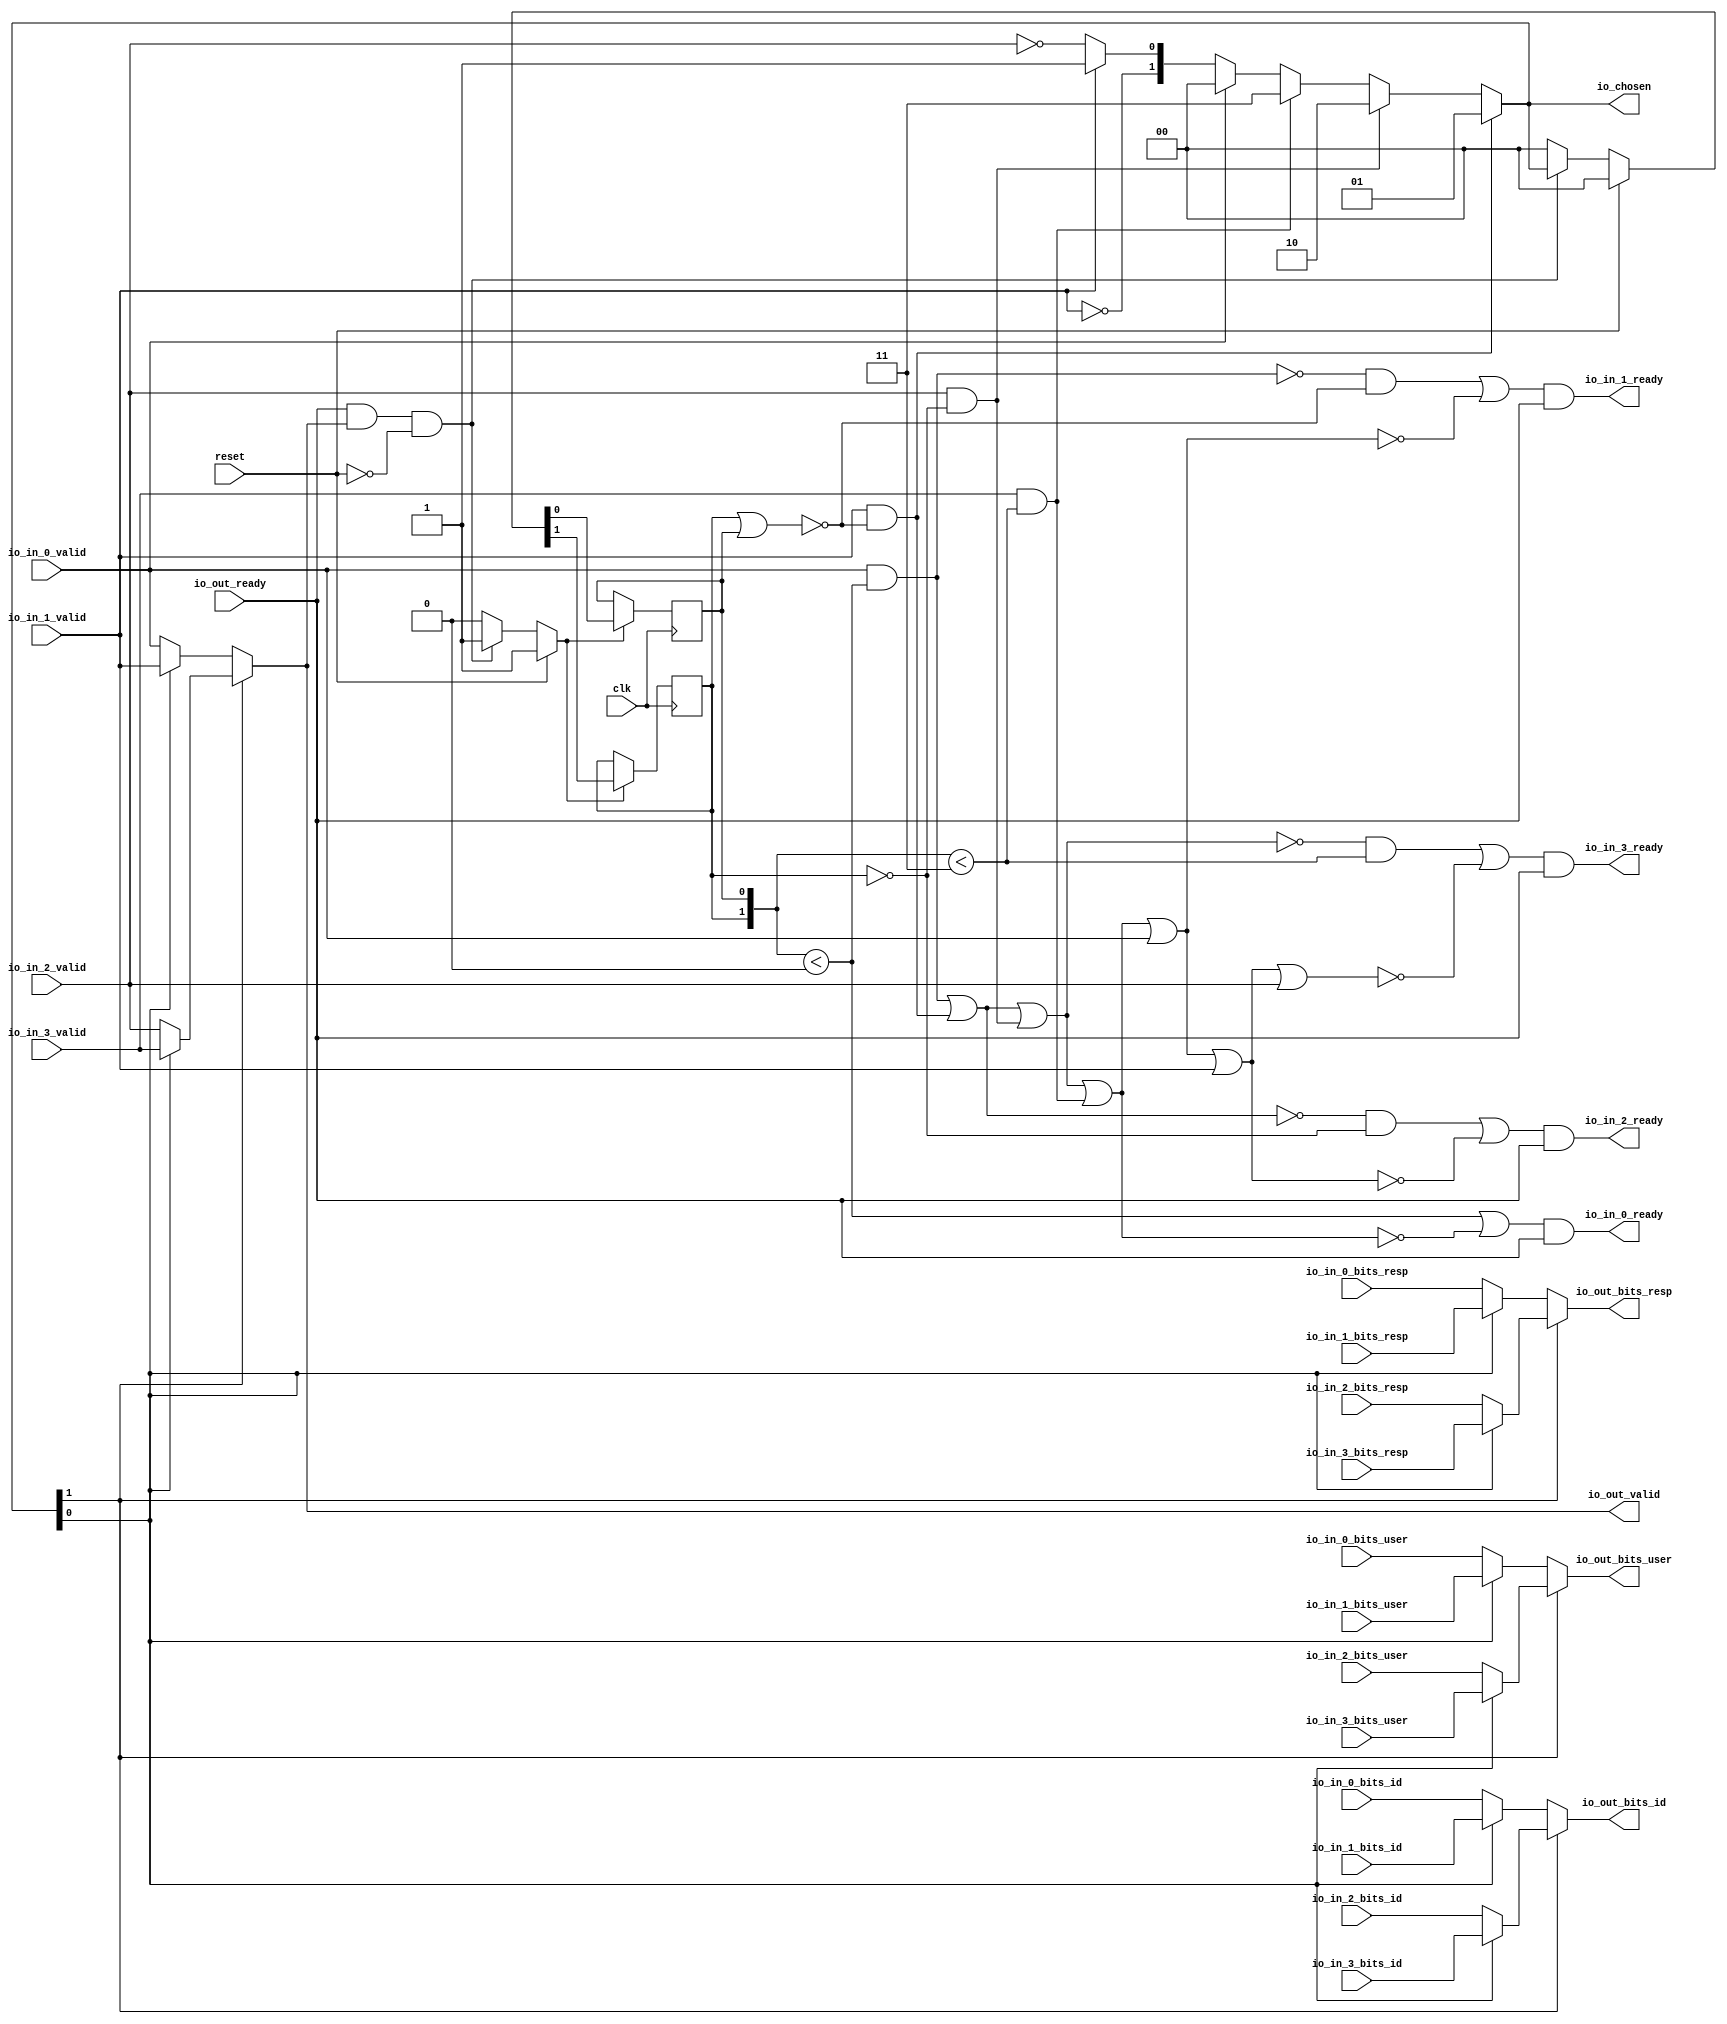
// This program was cloned from: https://github.com/NYU-MLDA/OpenABC
// License: BSD 3-Clause "New" or "Revised" License

module RRArbiter_6
(
  clk,
  reset,
  io_in_3_ready,
  io_in_3_valid,
  io_in_3_bits_resp,
  io_in_3_bits_id,
  io_in_3_bits_user,
  io_in_2_ready,
  io_in_2_valid,
  io_in_2_bits_resp,
  io_in_2_bits_id,
  io_in_2_bits_user,
  io_in_1_ready,
  io_in_1_valid,
  io_in_1_bits_resp,
  io_in_1_bits_id,
  io_in_1_bits_user,
  io_in_0_ready,
  io_in_0_valid,
  io_in_0_bits_resp,
  io_in_0_bits_id,
  io_in_0_bits_user,
  io_out_ready,
  io_out_valid,
  io_out_bits_resp,
  io_out_bits_id,
  io_out_bits_user,
  io_chosen
);

  input [1:0] io_in_3_bits_resp;
  input [5:0] io_in_3_bits_id;
  input [1:0] io_in_2_bits_resp;
  input [5:0] io_in_2_bits_id;
  input [1:0] io_in_1_bits_resp;
  input [5:0] io_in_1_bits_id;
  input [1:0] io_in_0_bits_resp;
  input [5:0] io_in_0_bits_id;
  output [1:0] io_out_bits_resp;
  output [5:0] io_out_bits_id;
  output [1:0] io_chosen;
  input clk;
  input reset;
  input io_in_3_valid;
  input io_in_3_bits_user;
  input io_in_2_valid;
  input io_in_2_bits_user;
  input io_in_1_valid;
  input io_in_1_bits_user;
  input io_in_0_valid;
  input io_in_0_bits_user;
  input io_out_ready;
  output io_in_3_ready;
  output io_in_2_ready;
  output io_in_1_ready;
  output io_in_0_ready;
  output io_out_valid;
  output io_out_bits_user;
  wire [1:0] io_out_bits_resp,io_chosen,T0,T1,T2,T3,T29,T27;
  wire [5:0] io_out_bits_id,T23,T21;
  wire io_in_3_ready,io_in_2_ready,io_in_1_ready,io_in_0_ready,io_out_valid,
  io_out_bits_user,N0,N1,N2,N3,N4,N5,N6,N7,N8,N9,N10,N11,N12,N13,N14,T11,N15,T9,N16,T5,N17,
  N18,N19,N20,T6,T8,T10,T12,N21,T17,T14,N22,T35,T33,T39,T52,T40,T41,T44,T42,T43,T47,
  T45,T46,T50,T48,T49,T51,T54,T60,T55,T56,T57,T58,T59,T62,T61,T64,T71,T65,T66,T67,
  T68,T69,T70,T73,T72,T74,T76,T84,T77,T78,T79,T80,T81,T82,T83,T86,T85,T87,T88,N23,
  N24,N25,N26,N27,N28,N29,N30,N31,N32;
  wire [0:0] T4;
  reg [1:0] last_grant;
  assign T6 = last_grant < { 1'b1, 1'b1 };
  assign T43 = last_grant < { 1'b1, 1'b1 };
  assign T51 = last_grant < 1'b0;
  assign T52 = last_grant < 1'b0;
  assign T85 = last_grant < { 1'b1, 1'b1 };

  always @(posedge clk) begin
    if(N25) begin
      last_grant[1] <= N27;
    end 
  end


  always @(posedge clk) begin
    if(N25) begin
      last_grant[0] <= N26;
    end 
  end

  assign io_chosen = (N0)? { 1'b0, 1'b1 } : 
                     (N1)? T0 : 1'b0;
  assign N0 = T11;
  assign N1 = N15;
  assign T0 = (N2)? { 1'b1, 1'b0 } : 
              (N3)? T1 : 1'b0;
  assign N2 = T9;
  assign N3 = N16;
  assign T1 = (N4)? { 1'b1, 1'b1 } : 
              (N5)? T2 : 1'b0;
  assign N4 = T5;
  assign N5 = N17;
  assign T2 = (N6)? { 1'b0, 1'b0 } : 
              (N7)? T3 : 1'b0;
  assign N6 = io_in_0_valid;
  assign N7 = N18;
  assign T3[0] = (N8)? 1'b1 : 
                 (N9)? T4[0] : 1'b0;
  assign N8 = io_in_1_valid;
  assign N9 = T3[1];
  assign io_out_bits_user = (N10)? T17 : 
                            (N11)? T14 : 1'b0;
  assign N10 = io_chosen[1];
  assign N11 = N21;
  assign T14 = (N12)? io_in_1_bits_user : 
               (N13)? io_in_0_bits_user : 1'b0;
  assign N12 = io_chosen[0];
  assign N13 = N22;
  assign T17 = (N12)? io_in_3_bits_user : 
               (N13)? io_in_2_bits_user : 1'b0;
  assign io_out_bits_id = (N10)? T23 : 
                          (N11)? T21 : 1'b0;
  assign T21 = (N12)? io_in_1_bits_id : 
               (N13)? io_in_0_bits_id : 1'b0;
  assign T23 = (N12)? io_in_3_bits_id : 
               (N13)? io_in_2_bits_id : 1'b0;
  assign io_out_bits_resp = (N10)? T29 : 
                            (N11)? T27 : 1'b0;
  assign T27 = (N12)? io_in_1_bits_resp : 
               (N13)? io_in_0_bits_resp : 1'b0;
  assign T29 = (N12)? io_in_3_bits_resp : 
               (N13)? io_in_2_bits_resp : 1'b0;
  assign io_out_valid = (N10)? T35 : 
                        (N11)? T33 : 1'b0;
  assign T33 = (N12)? io_in_1_valid : 
               (N13)? io_in_0_valid : 1'b0;
  assign T35 = (N12)? io_in_3_valid : 
               (N13)? io_in_2_valid : 1'b0;
  assign N25 = (N14)? 1'b1 : 
               (N29)? 1'b1 : 
               (N24)? 1'b0 : 1'b0;
  assign N14 = reset;
  assign { N27, N26 } = (N14)? { 1'b0, 1'b0 } : 
                        (N29)? io_chosen : 1'b0;
  assign N15 = ~T11;
  assign N16 = ~T9;
  assign N17 = ~T5;
  assign N18 = ~io_in_0_valid;
  assign N19 = ~io_in_1_valid;
  assign T3[1] = N19;
  assign N20 = ~io_in_2_valid;
  assign T4[0] = N20;
  assign T5 = io_in_3_valid & T6;
  assign T8 = io_out_ready & io_out_valid;
  assign T9 = io_in_2_valid & T10;
  assign T10 = ~last_grant[1];
  assign T11 = io_in_1_valid & T12;
  assign T12 = ~N30;
  assign N30 = last_grant[1] | last_grant[0];
  assign N21 = ~io_chosen[1];
  assign N22 = ~io_chosen[0];
  assign io_in_0_ready = T39 & io_out_ready;
  assign T39 = T52 | T40;
  assign T40 = ~T41;
  assign T41 = T44 | T42;
  assign T42 = io_in_3_valid & T43;
  assign T44 = T47 | T45;
  assign T45 = io_in_2_valid & T46;
  assign T46 = ~last_grant[1];
  assign T47 = T50 | T48;
  assign T48 = io_in_1_valid & T49;
  assign T49 = ~N31;
  assign N31 = last_grant[1] | last_grant[0];
  assign T50 = io_in_0_valid & T51;
  assign io_in_1_ready = T54 & io_out_ready;
  assign T54 = T60 | T55;
  assign T55 = ~T56;
  assign T56 = T57 | io_in_0_valid;
  assign T57 = T58 | T42;
  assign T58 = T59 | T45;
  assign T59 = T50 | T48;
  assign T60 = T62 & T61;
  assign T61 = ~N32;
  assign N32 = last_grant[1] | last_grant[0];
  assign T62 = ~T50;
  assign io_in_2_ready = T64 & io_out_ready;
  assign T64 = T71 | T65;
  assign T65 = ~T66;
  assign T66 = T67 | io_in_1_valid;
  assign T67 = T68 | io_in_0_valid;
  assign T68 = T69 | T42;
  assign T69 = T70 | T45;
  assign T70 = T50 | T48;
  assign T71 = T73 & T72;
  assign T72 = ~last_grant[1];
  assign T73 = ~T74;
  assign T74 = T50 | T48;
  assign io_in_3_ready = T76 & io_out_ready;
  assign T76 = T84 | T77;
  assign T77 = ~T78;
  assign T78 = T79 | io_in_2_valid;
  assign T79 = T80 | io_in_1_valid;
  assign T80 = T81 | io_in_0_valid;
  assign T81 = T82 | T42;
  assign T82 = T83 | T45;
  assign T83 = T50 | T48;
  assign T84 = T86 & T85;
  assign T86 = ~T87;
  assign T87 = T88 | T45;
  assign T88 = T50 | T48;
  assign N23 = T8 | reset;
  assign N24 = ~N23;
  assign N28 = ~reset;
  assign N29 = T8 & N28;

endmodule